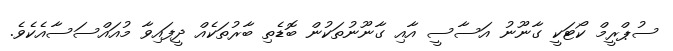
ސުޕްރީމް ކޯޓަކީ ގާނޫނު އަސާސީ އާއި ގާނޫނުތަކުން ބޮޑެތި ބާރުތަކެއް ދީފައިވާ މުއައްސަސާއެކެވެ.